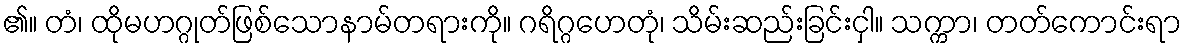
၏။ တံ၊ ထိုမဟဂ္ဂုတ်ဖြစ်သောနာမ်တရားကို။ ဂရိဂ္ဂဟေတုံ၊ သိမ်းဆည်းခြင်းငှါ။ သက္ကာ၊ တတ်ကောင်းရာ